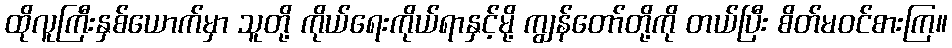
ထိုလူကြီးနှစ်ယောက်မှာ သူတို့ ကိုယ်ရေးကိုယ်ရာနှင့်မို့ ကျွန်တော်တို့ကို တယ်ပြီး စိတ်မဝင်စားကြ။